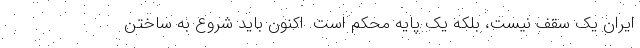
ایران یک سقف نیست، بلکه یک پایه محکم است. اکنون باید شروع به ساختن